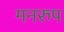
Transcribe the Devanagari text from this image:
मनरुप